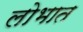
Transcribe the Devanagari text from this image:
लोभात